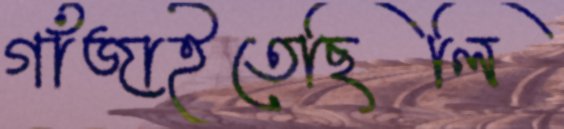
গাঁজাইতেছিলি